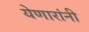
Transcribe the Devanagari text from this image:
येणारांनी